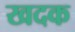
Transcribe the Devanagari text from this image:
खदक